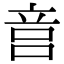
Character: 𥩶